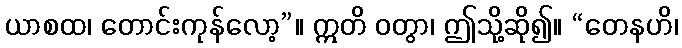
ယာစထ၊ တောင်းကုန်လော့”။ ဣတိ ဝတွာ၊ ဤသို့ဆို၍။ “တေနဟိ၊